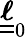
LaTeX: \boldsymbol{\underline{{\underline{{\ell}}}}}_{0}